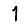
Digit: 1